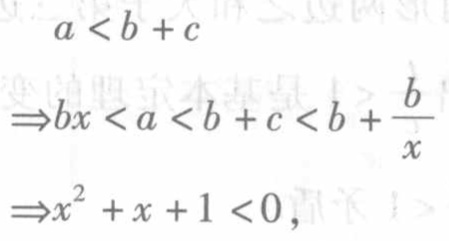
\[

\begin{align*}

a&<b + c\\

\Rightarrow bx&<a < b + c < b+\frac{b}{x}\\

\Rightarrow x^{2}+x + 1&<0,

\end{align*}

\]